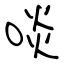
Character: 啖